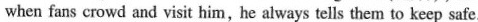
when fans crowd and visit him, he always tells them to keep safe.